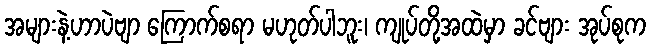
အများနဲ့ဟာပဲဗျာ ကြောက်စရာ မဟုတ်ပါဘူး၊ ကျုပ်တို့အထဲမှာ ခင်ဗျား အုပ်စုက